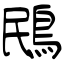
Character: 鴖